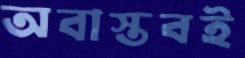
অবাস্তবই